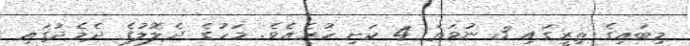
މިބައިގެ ތިރީގައި 3 ނުވަތަ 4 ކަށި ހުރެއެވެ. މަހުގެ ދެލޮލުގެ ދެމެދުގައި